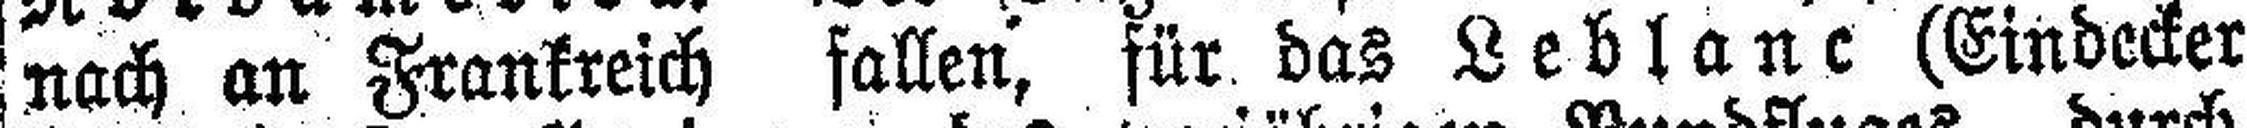
nach an Frankreich fallen, für das Leblanc (Eindecker